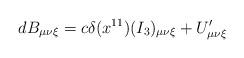
LaTeX: \begin{align*}dB_{\mu \nu \xi} = c \delta(x^{11}) (I_3)_{\mu \nu \xi} + U'_{\mu \nu \xi}\end{align*}